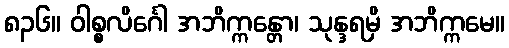
၈၃၆။ ဝါစ္စလိင်္ဂေါ အဘိက္ကန္တော၊ သုန္ဒရမှိ အဘိက္ကမေ။